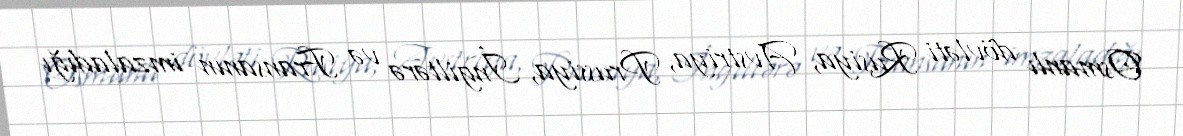
Osmanlı dövləti Rusiya, Avstriya, Prussiya, İngiltərə və Fransanın imzaladığı